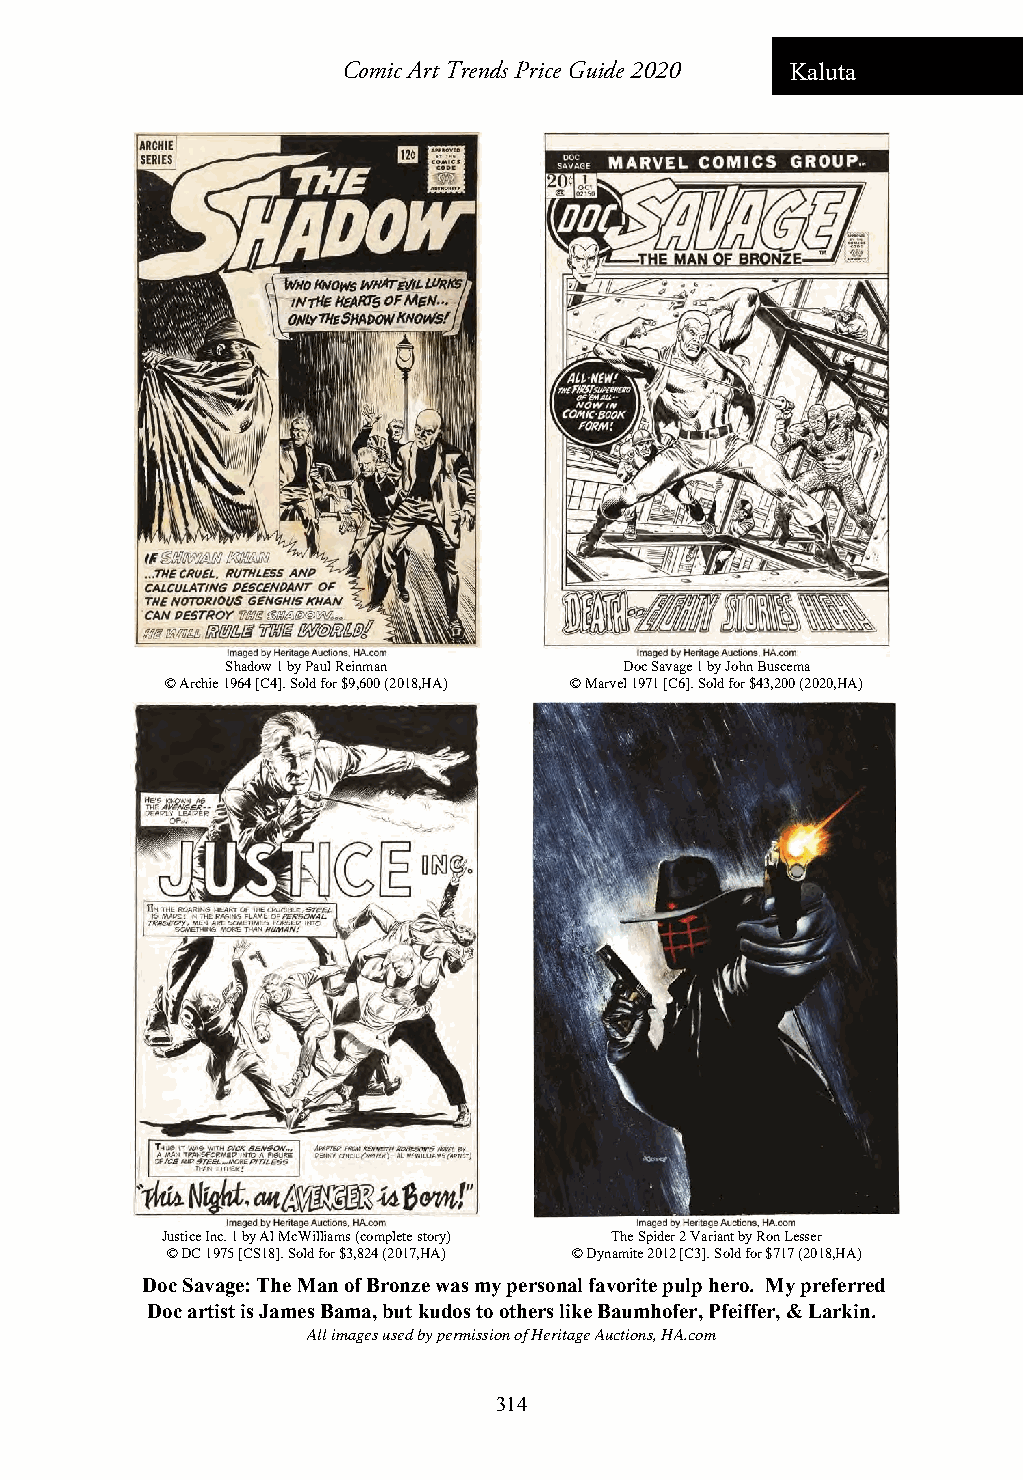
Comic Art Trends Price Guide 2020 Kaluta
 Shadow 1 by Paul Reinman  Doc Savage 1 by John Buscema
 © Archie 1964 [C4]. Sold for $9,600 (2018,HA) © Marvel 1971 [C6]. Sold for $43,200 (2020,HA)
 Justice Inc. 1 by Al McWilliams (complete story) The Spider 2 Variant by Ron Lesser
 © DC 1975 [CS18]. Sold for $3,824 (2017,HA) © Dynamite 2012 [C3]. Sold for $717 (2018,HA)
 Doc Savage: The Man of Bronze was my personal favorite pulp hero. My preferred
 Doc artist is James Bama, but kudos to others like Baumhofer, Pfeiffer, & Larkin.
 All images used by permission of Heritage Auctions, HA.com
 314